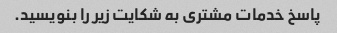
پاسخ خدمات مشتری به شکایت زیر را بنویسید.